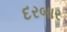
દરબાર